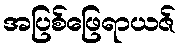
အပြစ်ဖြေရာယဇ်